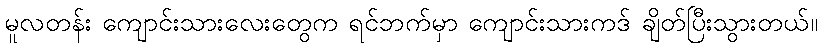
မူလတန်း ကျောင်းသားလေးတွေက ရင်ဘက်မှာ ကျောင်းသားကဒ် ချိတ်ပြီးသွားတယ်။